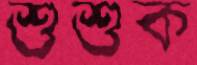
শুশুক